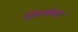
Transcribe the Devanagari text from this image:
शिवलोकात